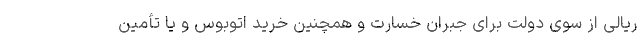
ریالی از سوی دولت برای جبران خسارت و همچنین خرید اتوبوس و یا تأمین